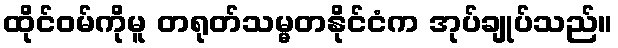
ထိုင်ဝမ်ကိုမူ တရုတ်သမ္မတနိုင်ငံက အုပ်ချုပ်သည်။